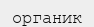
органик